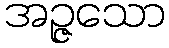
အဉ္ဇသော